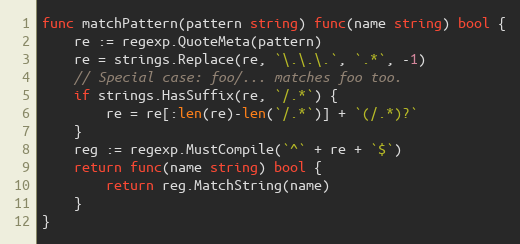
Language: Go
func matchPattern(pattern string) func(name string) bool {
	re := regexp.QuoteMeta(pattern)
	re = strings.Replace(re, `\.\.\.`, `.*`, -1)
	// Special case: foo/... matches foo too.
	if strings.HasSuffix(re, `/.*`) {
		re = re[:len(re)-len(`/.*`)] + `(/.*)?`
	}
	reg := regexp.MustCompile(`^` + re + `$`)
	return func(name string) bool {
		return reg.MatchString(name)
	}
}